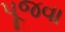
પૂજવા